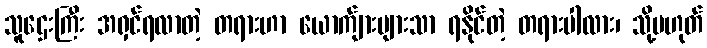
သူဌေးကြီး အရှင်ရလာတဲ့ တရားဟာ ယောက်ျားများသာ ရနိုင်တဲ့ တရားပါလား၊ သို့မဟုတ်